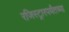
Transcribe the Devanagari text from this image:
रजिस्ट्रारपर्यंतच्या